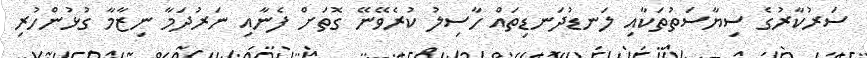
ސަރުކާރުގެ ސިޔާސަތުތަކާއި ލަނޑުދަނޑިތައް ހާސިލު ކުރެވޭނޭ ގޮތަށް ފެނާއި ނަރުދަމާ ނިޒާމާ ގުޅުންހުރި